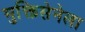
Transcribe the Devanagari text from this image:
मुक्तिसेनेला